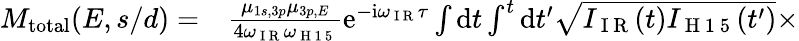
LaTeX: \begin{array}{rl}{M_{\mathrm{{total}}}(E,s/d)=}&{{}\frac{\mu_{1s,3p}\mu_{3p,E}}{4\omega_{\mathrm{~I~R~}}\omega_{\mathrm{~H~1~5~}}}\mathrm e^{-\mathrm i\omega_{\mathrm{~I~R~}}\tau}\int\mathrm dt\int^{t}\mathrm dt^{\prime}\sqrt{I_{\mathrm{~I~R~}}(t)I_{\mathrm{~H~1~5~}}(t^{\prime})}\times}\end{array}